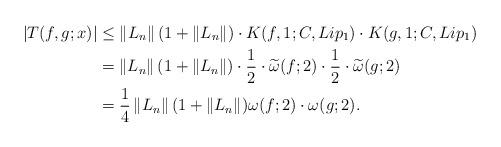
LaTeX: \begin{align*}\left|T(f,g;x)\right|&\leq \left\|L_n\right\|(1+\left\|L_n\right\|)\cdot K(f,1;C,Lip_1)\cdot K(g,1;C,Lip_1)\\&=\left\|L_n\right\|(1+\left\|L_n\right\|)\cdot\frac{1}{2}\cdot \widetilde{\omega}(f;2)\cdot\frac{1}{2}\cdot\widetilde{\omega}(g;2)\\&=\frac{1}{4}\left\|L_n\right\|(1+\left\|L_n\right\|)\omega(f;2)\cdot\omega(g;2).\end{align*}